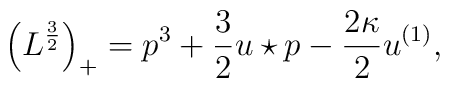
\Big(L^{\frac{3}{2}}\Big)_{+} = p^3 + \frac{3}{2} u\star p-\frac{2\kappa}{2} u^{(1)},